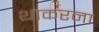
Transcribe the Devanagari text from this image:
थाकरना